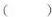
( )